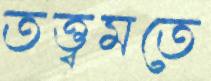
তত্ত্বমতে